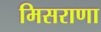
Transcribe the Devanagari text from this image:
मिसराणा